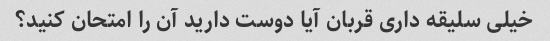
خیلی سلیقه داری قربان آیا دوست دارید آن را امتحان کنید؟